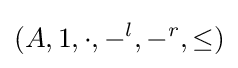
(A,1,\cdot ,-^{l},-^{r},\leq )